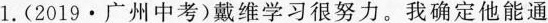
1.(2019·广州中考)戴维学习很努力.我确定他能通